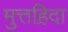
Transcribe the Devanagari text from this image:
मुत्तह़िदा